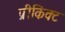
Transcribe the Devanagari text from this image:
प्रीकिंक्ट